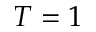
T = 1